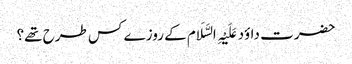
حضرت داؤد عَلَیْہِ السَّلَام کے روزے کس طرح تھے؟